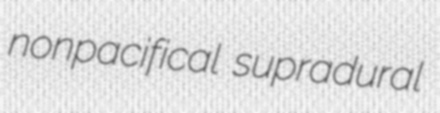
nonpacifical supradural